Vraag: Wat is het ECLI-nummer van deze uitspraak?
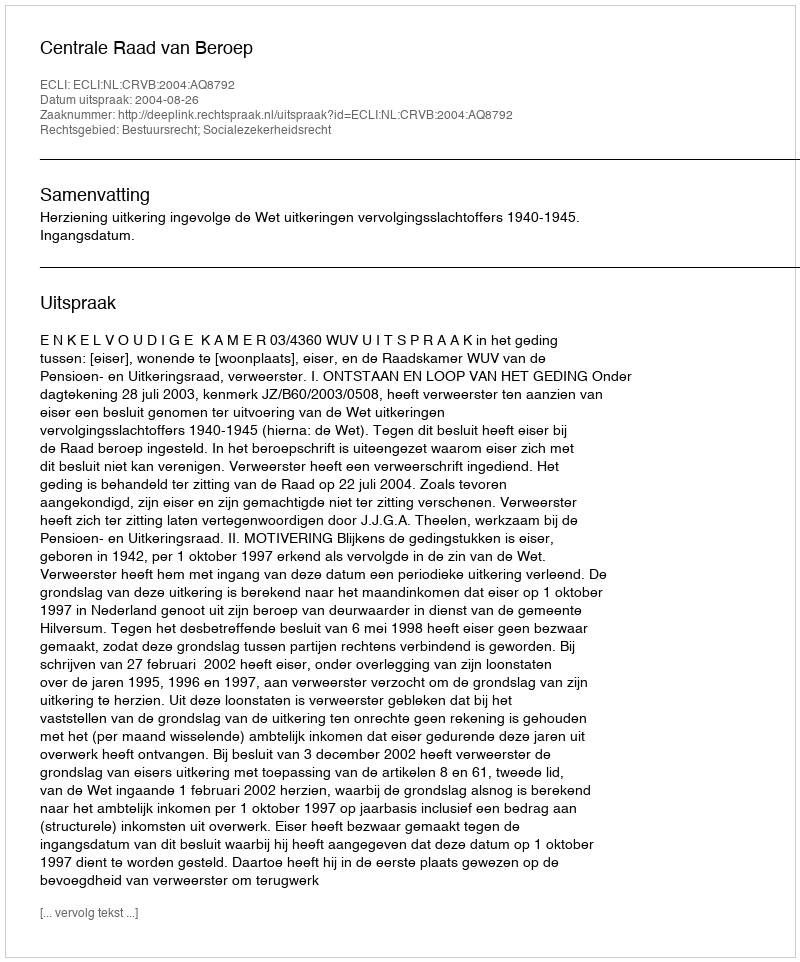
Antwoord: ECLI:NL:CRVB:2004:AQ8792